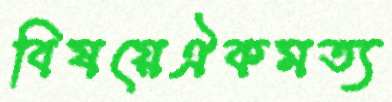
বিষয়েঐকমত্য